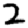
Digit: 2